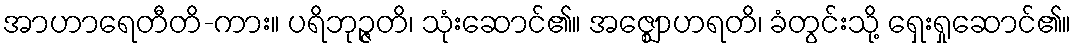
အာဟာရေတီတိ-ကား။ ပရိဘုဉ္ဇတိ၊ သုံးဆောင်၏။ အဇ္ဈောဟရတိ၊ ခံတွင်းသို့ ရှေးရှုဆောင်၏။